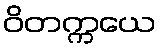
ဝိတက္ကယေ